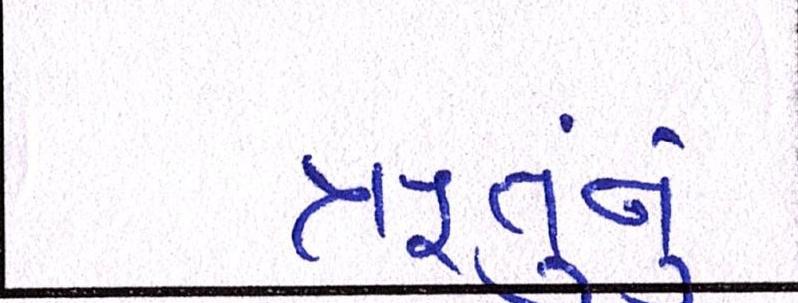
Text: ઋતુનું